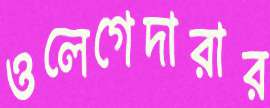
ওলেগেদারার